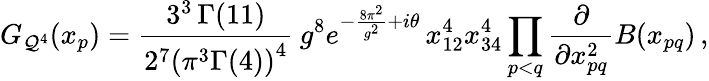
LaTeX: G_{{\cal Q}^{4}}(x_{p})=\frac{3^{3}\, \Gamma(11)}{2^{7}\left(\pi^{3}\Gamma(4)\right)^{4}}\: g^{8}e^{-\frac{8\pi^{2}}{g^{2}}+i\theta}\, x_{12}^{4}x_{34}^{4}\prod_{p<q}\frac{\partial}{\partial x_{pq}^{2}}B(x_{pq})\, ,